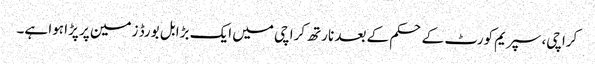
کراچی، سپریم کورٹ کے حکم کے بعد نارتھ کراچی میں ایک بڑا بل بورڈ زمین پر پڑا ہوا ہے۔